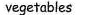
vegetables